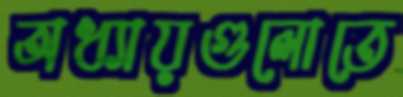
অধ্যায়গুলোতে